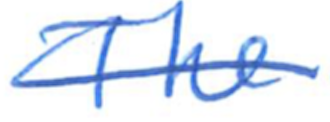
Text: The
Cross-out: single-line
Writing tool: ballpoint